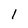
Character: 1